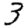
Digit: 3